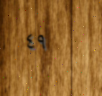
٤٩